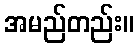
အမည်တည်း။